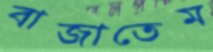
বাজাতেম